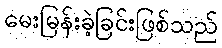
မေးမြန်းခဲ့ခြင်းဖြစ်သည်